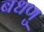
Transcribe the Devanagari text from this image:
बधणु